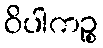
ဝိပါကဉ္စ